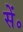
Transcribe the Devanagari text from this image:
सें॰